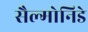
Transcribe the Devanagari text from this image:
सैल्मोनिडे